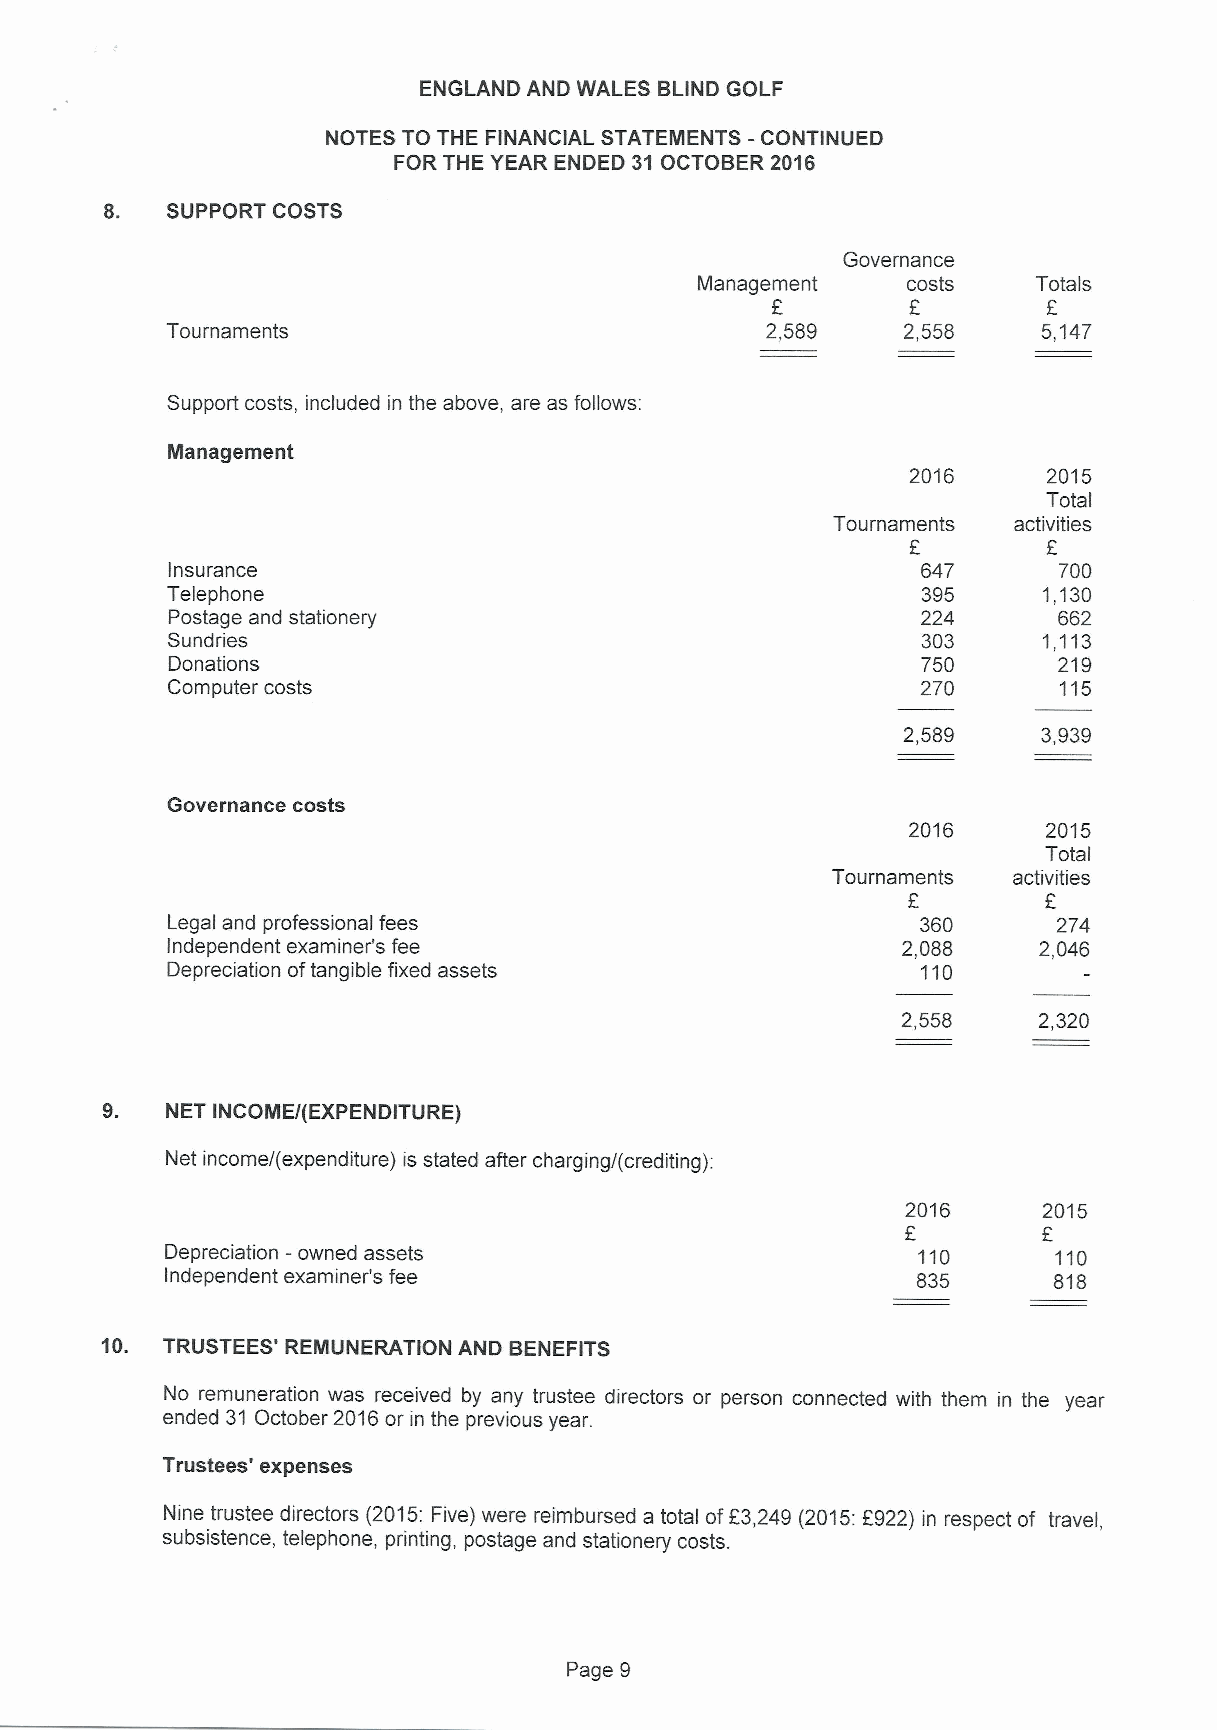
ENGLAND AND WALES BLIND GOLF
 NOTES TO THE FINANCIAL STATEMENTS -CONTINUED
 FOR THE YEAR ENDED 31 OCTOBER 2016
 8.  SUPPORT COSTS
 Governance
 Management    costs    Totals
 F        P        E
 Tournaments                             2,589    2,558    5,147
 Support costs, included in the above, are as follows:
 Ilanagement
 2016     2015
 Total
 Tournaments activities
 Insurance                                         647      700
 Telephone                                         395     1,130
 Postage and stationery                            224      662
 Sundries                                          303     1,113
 Donations                                         750      219
 Computer costs                                    270      115
 2,589    3,939
 Governance costs
 2016     2015
 Total
 Tournaments activities
 Legal and professional fees                       360      274
 Independent examiner's fee                       2,088    2,046
 Depreciation oftangible fixed assets              110
 2,558    2,320
 S.  NET INCOMEI EXPENDITURE)
 f
 Net income/(expenditure) is stated after charging/(crediting):
 2016     2015
 Depreciation -owned assets                        110      110
 Independent examiner's fee                        835      818
 10. TRUSTEES' REMUNERATION AND BENEFITS
 No remuneration was received by any trustee directors or person connected with them in the year
 ended 31 October 2016or in the previous year.
 Trustees' expenses
 Nine trustee directors (2015:Five) were reimbursed a total ofE3,249 (2015:2922) in respect of travel,
 subsistence, telephone, printing, postage and stationery costs.
 Page 9